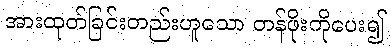
အားထုတ်ခြင်းတည်းဟူသော တန်ဖိုးကိုပေး၍